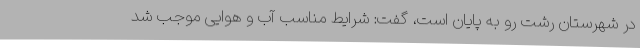
در شهرستان رشت رو به پایان است، گفت: شرایط مناسب آب و هوایی موجب شد